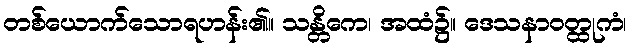
တစ်ယောက်သောရဟန်း၏။ သန္တိကေ၊ အထံ၌။ ဒေသနာဝတ္ထုကံ၊